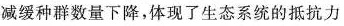
减缓种群数量下降，体现了生态系统的抵抗力